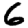
Digit: 6